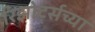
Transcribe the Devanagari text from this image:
रिझोर्ट्सच्या